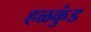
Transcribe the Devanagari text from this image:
हळकुंड